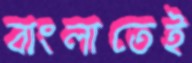
বাংলাতেই